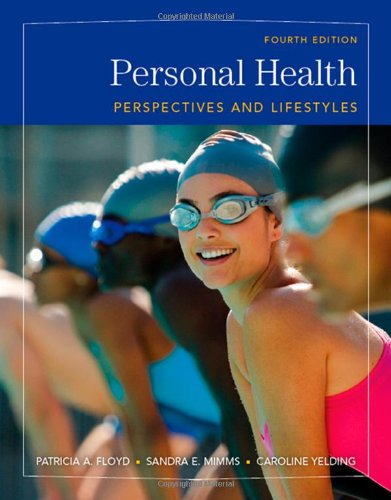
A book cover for Personal Health: Perspectives and Lifestyles (with CengageNOW Printed Access Card) (Available Titles CengageNOW); Patricia A. Floyd; Medical Books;